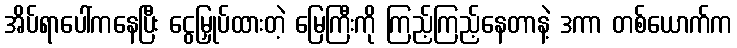
အိပ်ရာပေါ်ကနေပြီး ငွေမြှုပ်ထားတဲ့ မြေကြီးကို ကြည့်ကြည့်နေတာနဲ့ ဒကာ တစ်ယောက်က